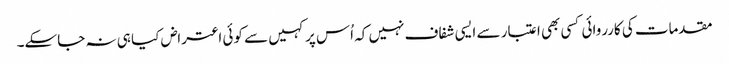
مقدمات کی کارروائی کسی بھی اعتبار سے ایسی شفاف نہیں کہ اُس پر کہیں سے کوئی اعتراض کیا ہی نہ جاسکے۔